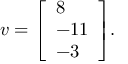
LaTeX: v = { \left[ \begin{array} { l } { 8 } \\ { - 1 1 } \\ { - 3 } \end{array} \right] } .